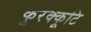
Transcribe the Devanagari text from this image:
कुरेक्कूटि